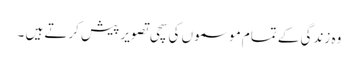
وہ زندگی کے تمام موسموں کی سچی تصویر پیش کرتے ہیں ۔